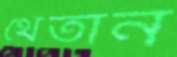
থেঁতান